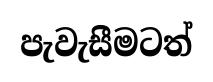
පැවැසීමටත්